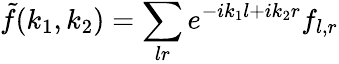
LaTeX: \tilde{f}(k_{1},k_{2})=\sum_{lr}e^{-ik_{1}l+ik_{2}r}f_{l,r}